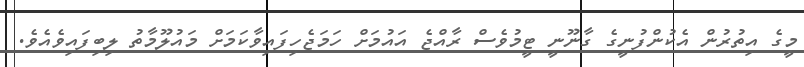
މީގެ އިތުރުން އެކުންފުނީގެ ގާނޫނީ ޓީމުވެސް ރާއްޖެ އައުމަށް ހަމަޖެހިފައިވާކަމަށް މައުލޫމާތު ލިބިފައިވެއެވެ.